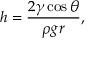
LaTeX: h = { \frac { 2 \gamma \cos { \theta } } { \rho g r } } ,